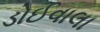
ડોઈવાલા